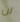
لن